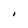
Character: I